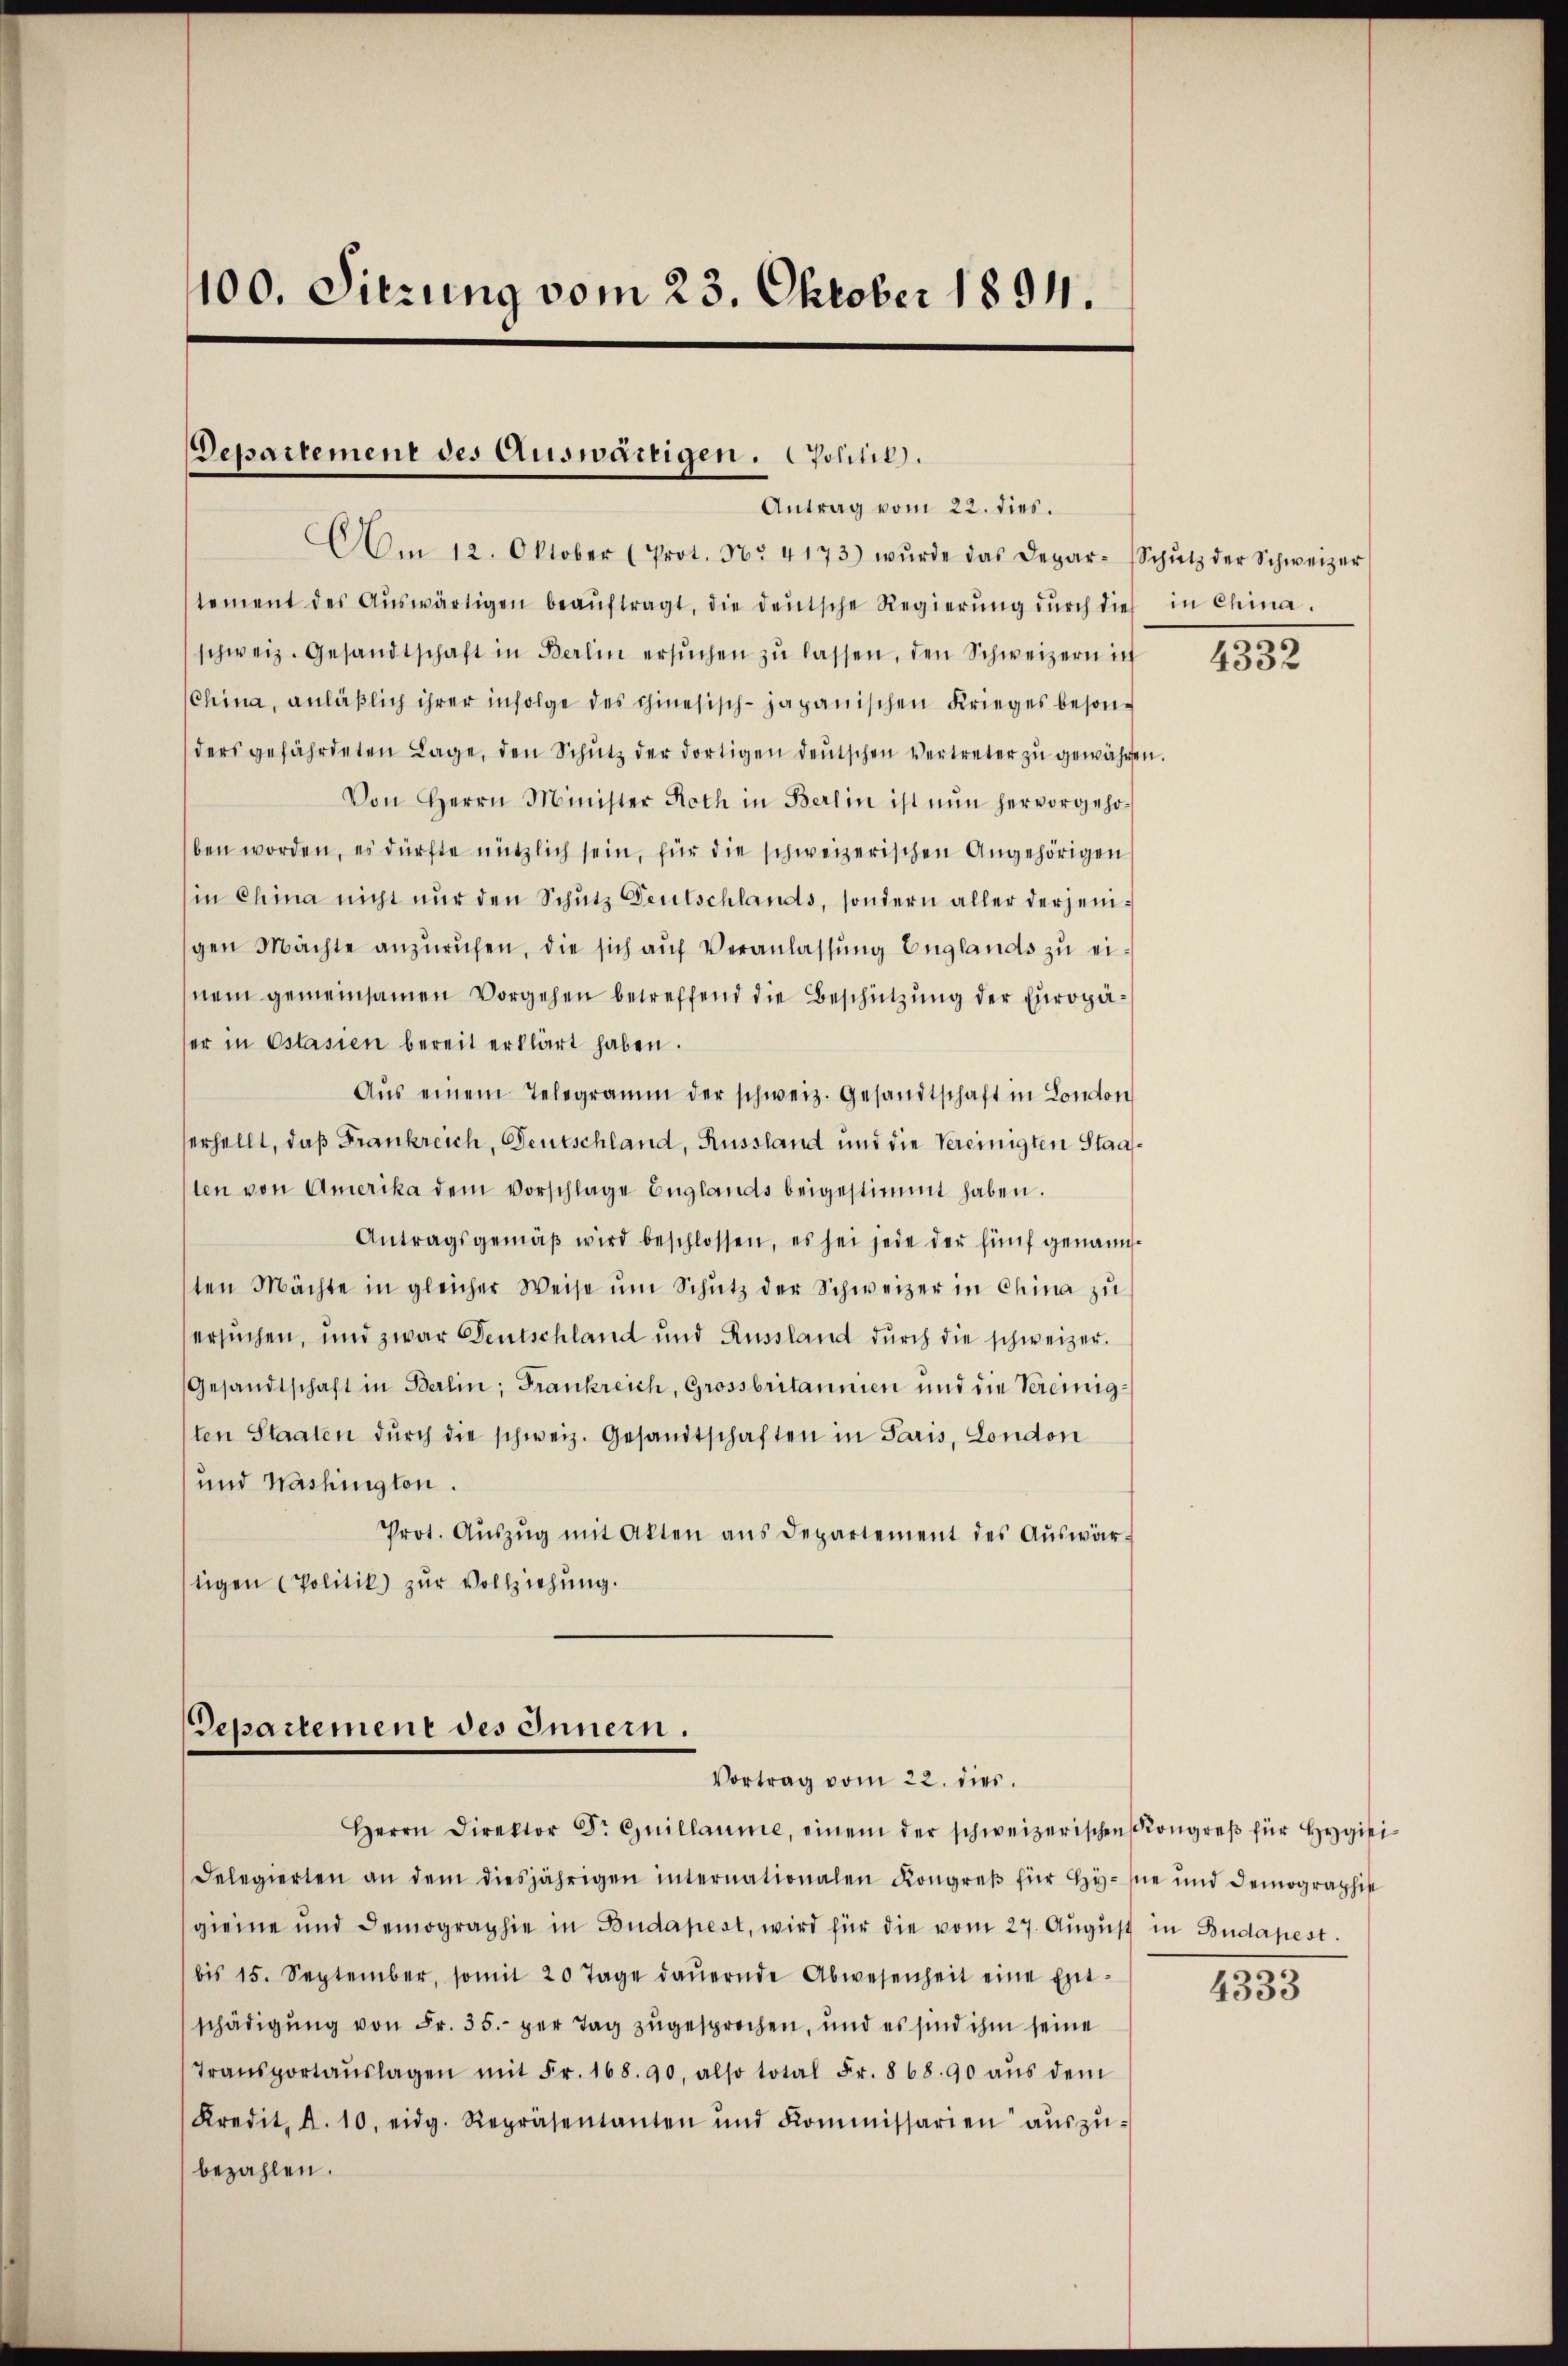
100. Sitzung vom 23. Oktober 1894.

Departement des Auswärtigen. politik.
Antrag vom 22. dies.

Am 12. Oktober (Prot. Nr. 4173) wŭrde das Depar-Schŭtz der Schweizer
tement des Aŭswärtigen beaŭftragt, die deutsche Regierŭng dŭrch dies in China-
schweiz. Gesandtschaft in Berlin ersŭchen zŭ lassen, den Schweizern in
China, anläßlich ihrer infolge des chinesisch-japanischen Krieges besonders gefährdeten Lage, den Schŭtz der dortigen deŭtschen Vertreter zŭ gewähren.
Von Herrn Minister Roth in Berlin ist nŭn hervorgehoben worden, es dürfte nützlich sein, für die schweizerischen Angehörigen
in China nicht nur den Schutz Deutschlands, sondern aller derjenigen Machte anzurufen, die sich auf Veranlassung Englands zu einem gemeinsamen Vorgehen betreffend die Beschützung der Europäer in Ostasien bereit erklärt haben.
Aŭs einem Telegramm der schweiz. Gesandtschaft in London
serhellt, daß Frankreich, Deutschland, Russland und die Vereinigten Staalten von Amerika dem vorschlage Englands beigestimmt haben.
Antragsgemäβ wird beschlossen, es sei jede der fünf genann-
ten Mächte in gleicher Weise ŭm Schŭtz der Schweizer in China zu
ersuchen, und zwar Deutschland und Russland durch die schweizer.
Gesandtschaft in Berlin, Frankreich, Grossbritannien und die Vereinigsten Staaten dŭrch die schweiz. Gesandtschaften in Paris, London
und Washingten.
Prot. Aŭszŭg mit Akten ans Departement des Aŭswär-
tigen (Politik) zŭr Vollziehŭng.

Departement des Innern.
Vortrag vom 22. dies

Herrn Direktor Dr Guillaume, einem der schweizerischen Kongreβ für Hegiti
Delegierten an dem diesjährigen internationalen Kongreβ für Hy-sie und demographie
gienne und demographie in Budapest, wird für die vom 27. Aŭgŭst in Budapest.
bis 15. September, somit 20 Tage daŭernde Abwesenheit eine Ent-
schädigung von Fr. 35. per Tag zugesprochen, und es sind ihm seine
Transportaŭslagen mit Fr. 168. 90. also total Fr. 868. 90 aŭs dem
Kredit. d. 10. eidg. Repräsentanten und Kommissarien aŭszŭ-
bezahlen.

4332

4333